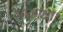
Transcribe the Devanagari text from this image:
आकांक्षा।